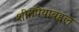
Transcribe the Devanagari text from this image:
शीतपेयाबद्दल